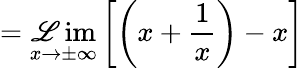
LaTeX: =\operatorname*{\mathscr{L}im}_{x\to\pm\infty}\left[\left(x+{\frac{{1}}{{x}}}\right)-x\right]